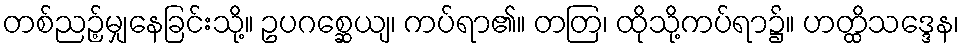
တစ်ညဉ့်မျှနေခြင်းသို့။ ဥပဂစ္ဆေယျ၊ ကပ်ရာ၏။ တတြ၊ ထိုသို့ကပ်ရာ၌။ ဟတ္ထိသဒ္ဒေန၊